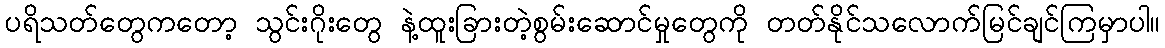
ပရိသတ်တွေကတော့ သွင်းဂိုးတွေ နဲ့ထူးခြားတဲ့စွမ်းဆောင်မှုတွေကို တတ်နိုင်သလောက်မြင်ချင်ကြမှာပါ။